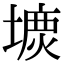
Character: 𡐝